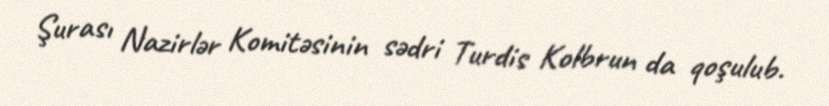
Şurası Nazirlər Komitəsinin sədri Turdis Kolbrun da qoşulub.